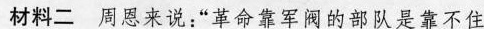
材料二 周恩来说：“革命靠军阀的部队是靠不住